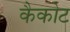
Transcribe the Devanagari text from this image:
कैकोट